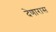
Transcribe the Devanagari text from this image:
देणारास